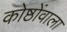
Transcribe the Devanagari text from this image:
कोष्ठोंवाला